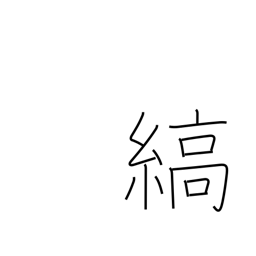
Meaning: stripe